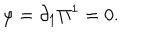
\varphi = \partial _ { 1 } \Pi ^ { 1 } = 0 .